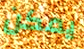
يمكن